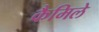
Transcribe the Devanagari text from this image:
कैमिले